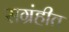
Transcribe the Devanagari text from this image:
सग्रंहीत